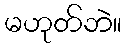
မဟုတ်ဘဲ။